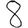
Digit: 8